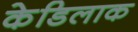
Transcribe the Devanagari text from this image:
केडिलाक